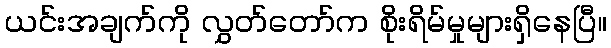
ယင်းအချက်ကို လွှတ်တော်က စိုးရိမ်မှုများရှိနေပြီ။